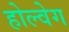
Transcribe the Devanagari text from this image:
होल्वेग